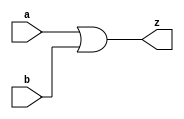
module or_gate(a,b,z);
input a,b;
output z;

assign z=a|b;

endmodule